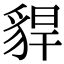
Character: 貋